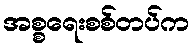
အစ္စရေးစစ်တပ်က